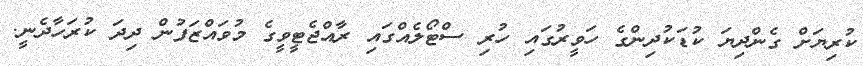
ކުރިޔަށް ގެންދިޔަ ކުޑަކުދިންގެ ހަވީރުގައި ހުރި ސްޓޯލެއްގައި ރާއްޖެޓީވީގެ މުވައްޒަފުން ދިދަ ކުރަހާދެނީ.